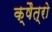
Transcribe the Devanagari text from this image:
क्षैत्रो